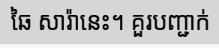
ឆៃ សារ៉ានេះ។ គួរបញ្ជាក់